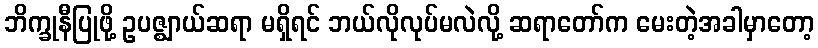
ဘိက္ခုနီပြုဖို့ ဥပဇ္ဈာယ်ဆရာ မရှိရင် ဘယ်လိုလုပ်မလဲလို့ ဆရာတော်က မေးတဲ့အခါမှာတော့